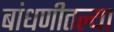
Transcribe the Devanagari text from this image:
बांधणीतल्या